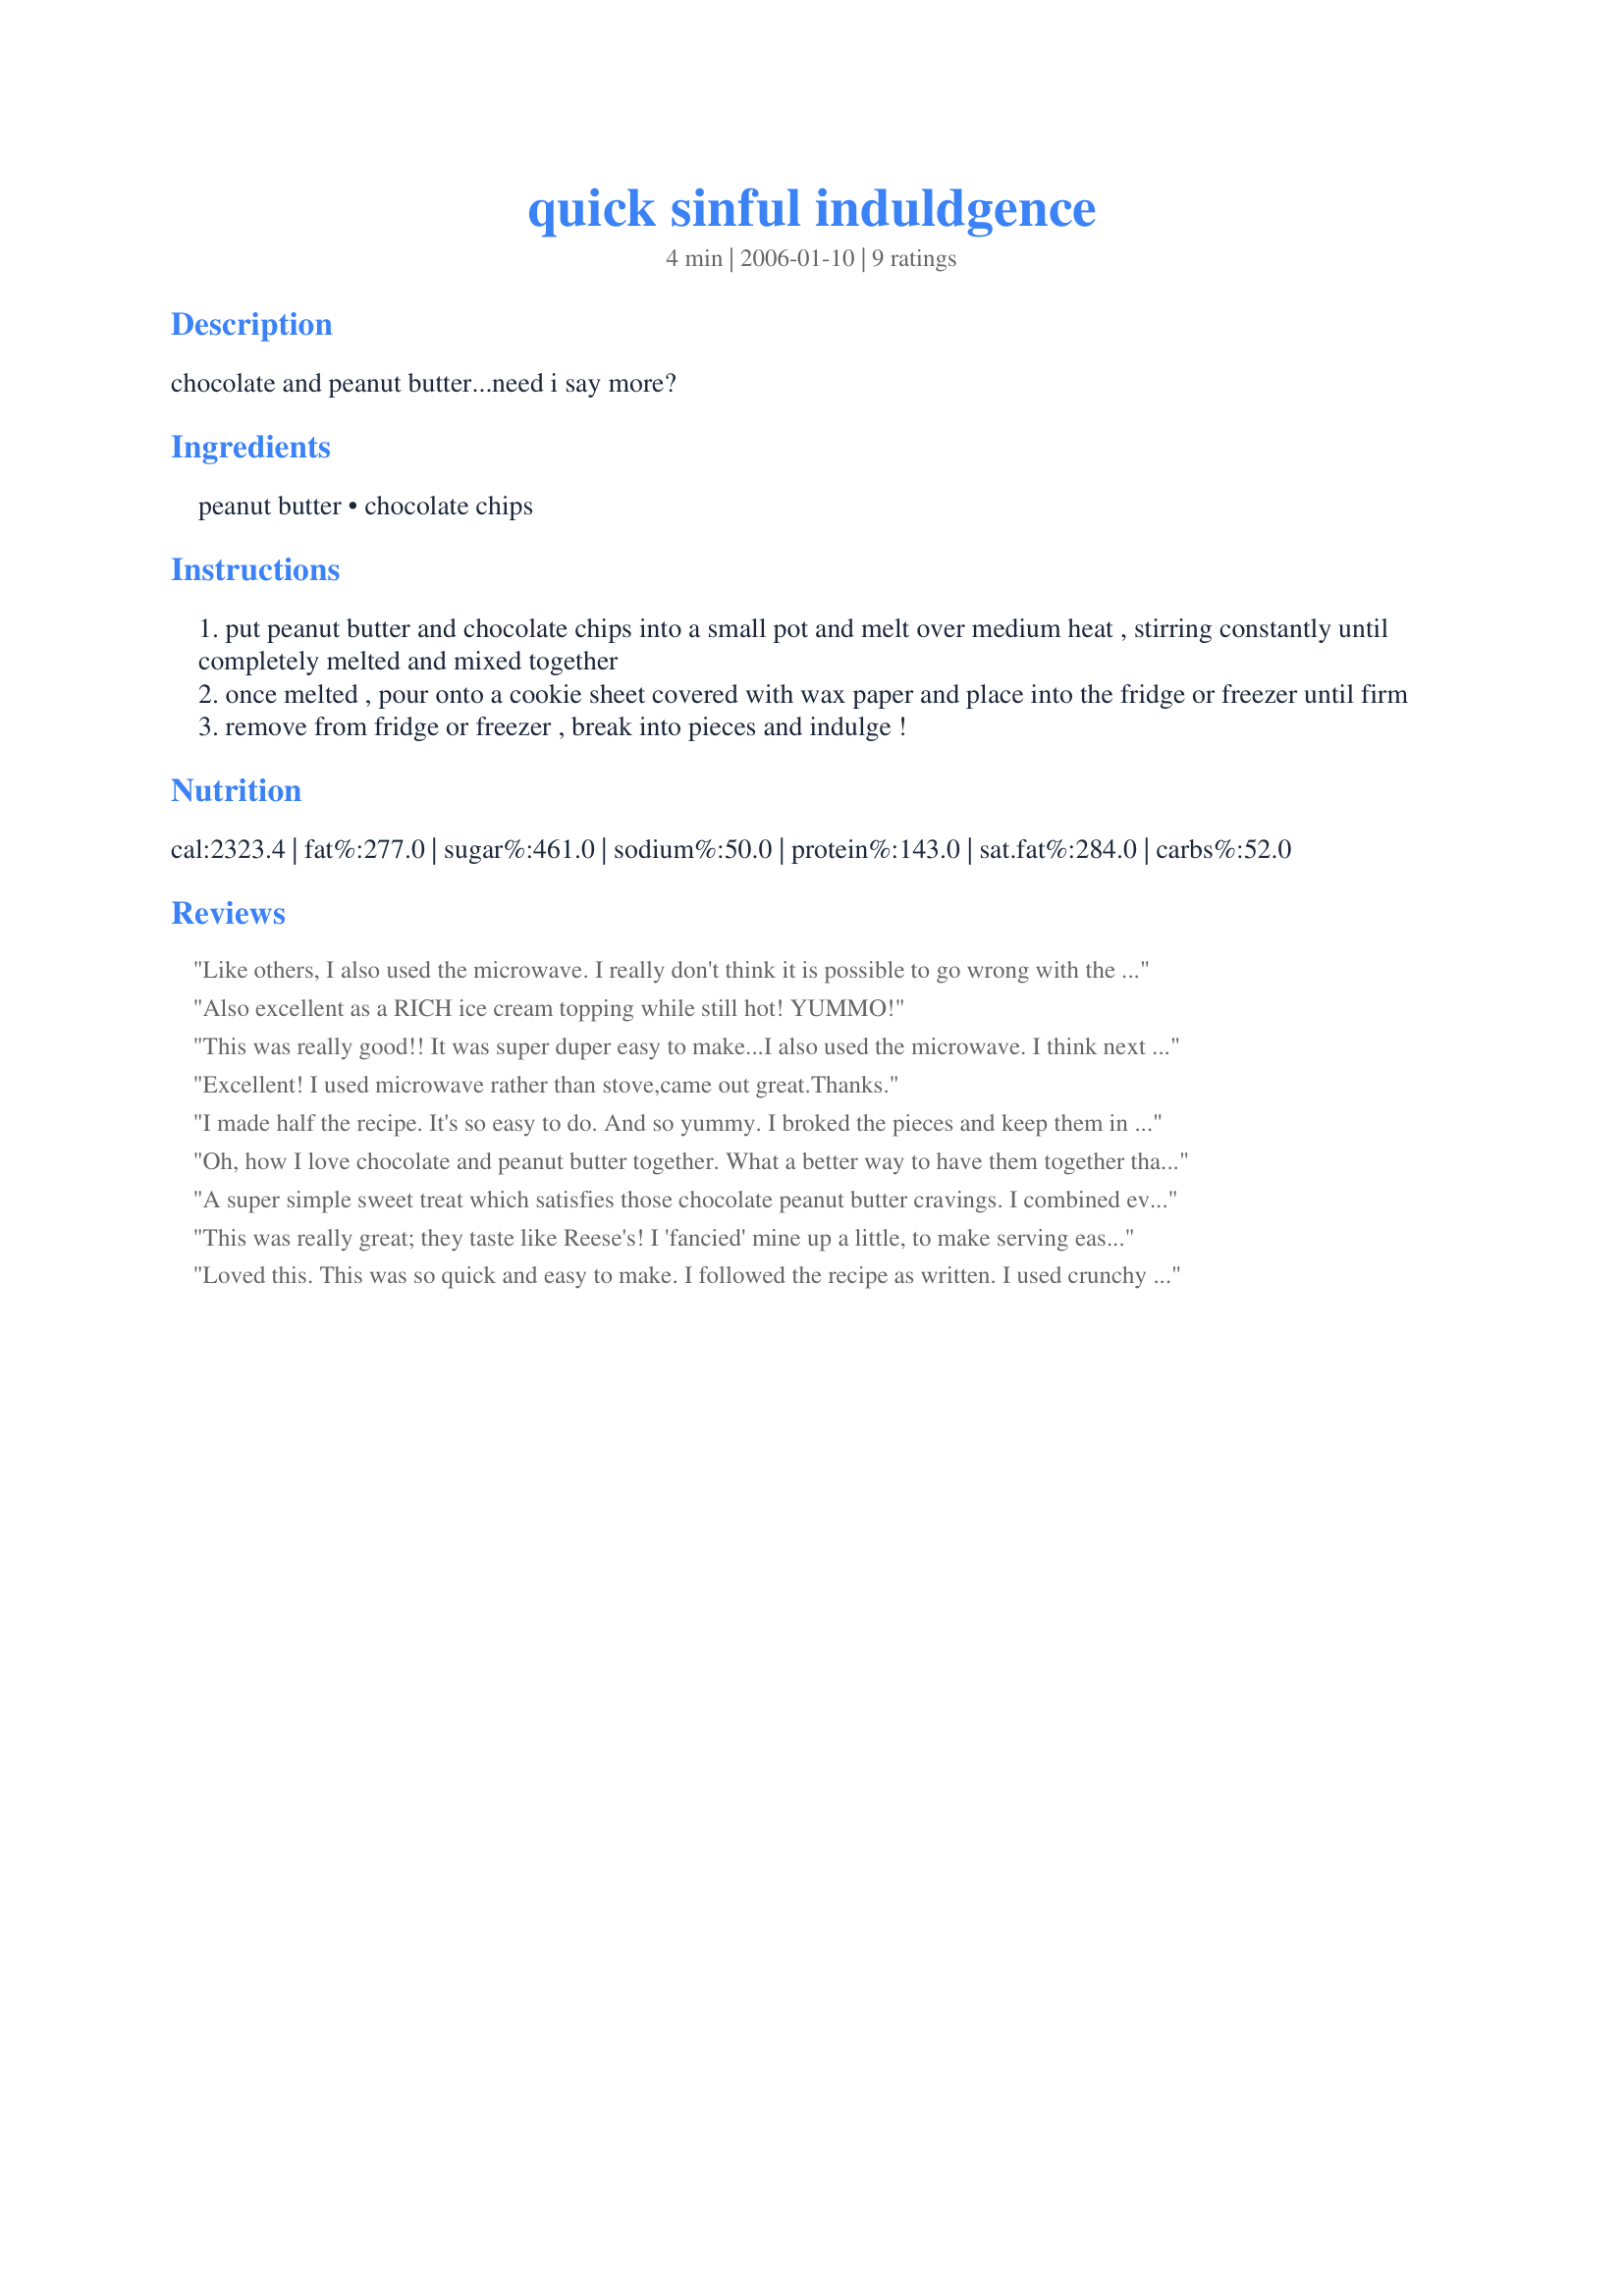
quick sinful induldgence
Preparation time: 4 minutes

chocolate and peanut butter...need i say more?

Ingredients:
peanut butter, chocolate chips

Steps:
put peanut butter and chocolate chips into a small pot and melt over medium heat , stirring constantly until completely melted and mixed together
once melted , pour onto a cookie sheet covered with wax paper and place into the fridge or freezer until firm
remove from fridge or freezer , break into pieces and indulge !

Reviews:
Like others, I also used the microwave. I really don't think it is possible to go wrong with the combo of pb & choc so of course I loved this! I used semisweet Ghirardelli chips and creamy pb. Thanks for posting!
Also excellent as a RICH ice cream topping while still hot! YUMMO!
This was really good!! It was super duper easy to make...I also used the microwave. I think next time I may use more chocolate but that's just personal preference!! Thanks for posting a yummy easy quick recipe!!
Excellent! I used microwave rather than stove,came out great.Thanks.
I made half the recipe. It's so easy to do. And so yummy. I broked the pieces and keep them in a plastic jar in the freezer. Perfect treat. Thanks karla :) Made for Cookbook tag game
Oh, how I love chocolate and peanut butter together. What a better way to have them together than this recipe, and it's easy to boot! The pieces are stored in an air-tight container and will be enjoyed, probably every time I walk in the kitchen. Thank you for the yummy, easy recipe! :)
A super simple sweet treat which satisfies those chocolate peanut butter cravings. I combined everything into a 2-cup glass measuring cup and melted it in the microwave...it only took two 40 second rotations to melt completely. I used crunchy peanut butter. I agree with Troop Angel, next time I will increase the amount of chocolate chips. Thank you for the recipe.
This was really great; they taste like Reese's! I 'fancied' mine up a little, to make serving easier. (plus, I had some cute mini cake liners to use!) I did reduce the recipe to 1/4 and got about 12 minis, which is perfect! Microwaved for 30 seconds in a glass measuring cup, it couldn't have been easier! MAKE THIS RECIPE! (I'm not playing! ;-) ) Thanks for sharing a simple, fabulous recipe, karla1!
Loved this. This was so quick and easy to make. I followed the recipe as written. I used crunchy peanut butter and mini chocolate chips. I cooked this in the microwave. I cooked it 45 seconds, stirred and then cooked another 30 seconds. We all loved this. So easy to make.
